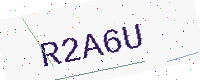
Text: R2A6U